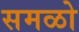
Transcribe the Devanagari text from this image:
समळो